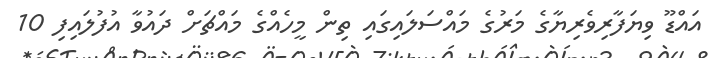
އައްޑޫ ވިޔަފާރިވެރިޔާގެ މަރުގެ މައްސަލައިގައި ތިން މީހެއްގެ މައްޗަށް ދައުވާ އުފުލައިފި 10